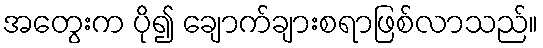
အတွေးက ပို၍ ချောက်ချားစရာဖြစ်လာသည်။